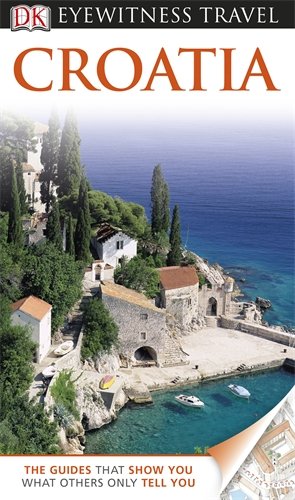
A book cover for DK Eyewitness Travel Guide: Croatia; Leandro Zoppe; Travel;